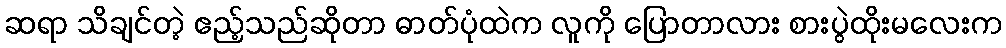
ဆရာ သိချင်တဲ့ ဧည့်သည်ဆိုတာ ဓာတ်ပုံထဲက လူကို ပြောတာလား စားပွဲထိုးမလေးက